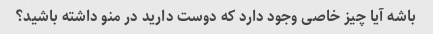
باشه آیا چیز خاصی وجود دارد که دوست دارید در منو داشته باشید؟